Report on sanitation, dispensaries, and jails in Rajputana for 1917, and on vaccination for the year 1917-1918 - 1917-1918
Year: 1917
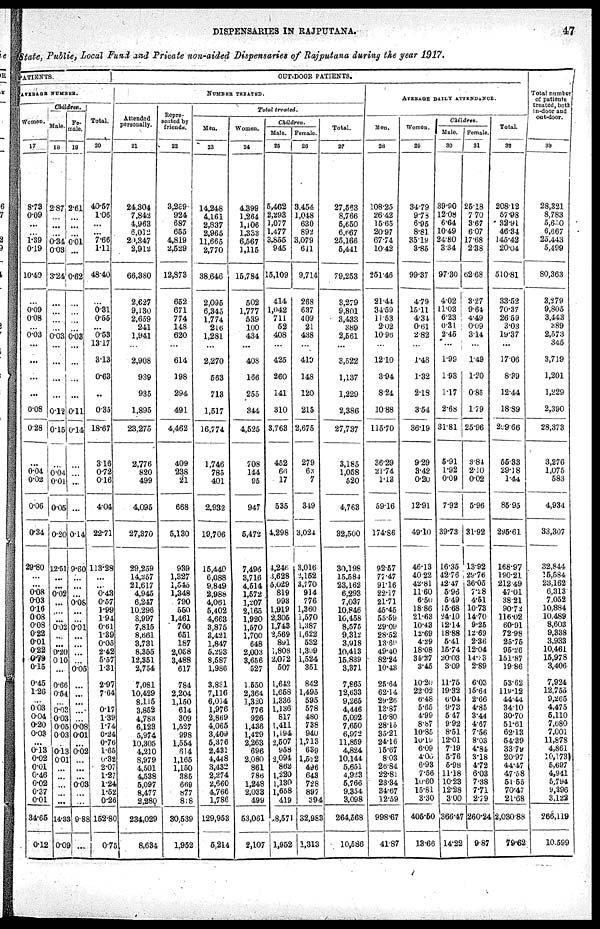
DISPENSARIES IN RAJPUTANA.
47
State, Public, Local Fund and Private non-aided Dispensaries of Rajputana during the year 1917.
PATIENTS.
AVERAGE NUMBER.
Women.
17
8.73
0.09
...
...
1.39
0.19
10.40
...
0.09
0.08
...
0.03
...
...
...
...
0.08
0.28
...
0.04
0.02
0.06
0.34
29.80
...
...
0.08
0.03
0.16
0.08
0.08
0.22
0.01
0.22
0.79
0.15
0.45
1.26
...
0.03
0.04
0.20
0.03
...
0.13
0.02
0.01
0.46
0.02
0.37
001
34.65
0.12
Children.
Male.
18
287
...
...
...
0.34
0.03
3.24
...
...
...
...
0.03
...
...
...
...
0.12
0.15
...
0.04
0.01
0.05
0.20
12.51
...
...
0.02
...
...
...
0.02
...
...
0.20
0.10
...
0.66
0.54
...
0.03
0.03
0.05
0.03
...
0.13
0.01
...
...
...
...
...
14.33
0.09
Fe-
male.
19
2.61
...
...
...
0.01
...
0.62
...
...
...
...
0.03
...
...
...
...
0.11
0.14
...
...
...
...
0.14
9.60
...
...
...
0.08
...
...
0.01
...
...
...
...
0.05
...
...
...
...
...
0.08
0.01
...
0.02
...
...
...
0.03
...
...
9.88
....
Total.
20
40.57
1.06
...
...
7.66
1.11
48.40
...
0.31
0.55
...
053
13.17
3.13
0.63
...
0.35
18.67
316
0.72
0.16
4.04
22.71
113.28
...
...
0.43
0.57
1.99
1.94
0.61
1.39
0.05
2.42
5.57
1.31
2.97
7.64
...
0.17
1.31
1.74
0.24
0.76
l.65
0.32
2.07
1.27
1.24
1.52
0.26
152.80
0.75
OUT-DOOR PATIENTS.
NUMBER TREATED.
Attended
personally.
21
24,304
7,842
4,963
6,012
20,347
2,912
66,380
2,627
9,130
2,659
241
1,941
...
2,908
939
985
1,895
23,275
2,776
820
499
4,095
27,370
29,259
14,257
21,617
4,945
6,247
10.296
8,997
7,815
8,661
3,731
8,355
12,351
2,754
7,081
10,429
8,115
3,852
4,783
6,123
5,974
10,305
4,210
8,979
4,501
4,538
5,097
8,477
2,280
234,029
8,634
Repre-
sented by
friends.
22
3,259
924
687
655
4,819
2,529
12,873
652
671
774
148
620
...
614
198
294
491
4,462
409
238
21
668
5,130
939
1,327
1,545
1,348
790
550
1,461
760
651
187
2,058
3,488
617
784
2,204
1,150
614
309
1,527
998
1,554
614
1,165
1,150
385
669
877
818
30,539
1,952
Total treated.
Men.
23
14,248
4,161
2,837
2,965
11,665
2,770
38,646
2,095
6,345
1,774
216
1,281
...
2,270
563
713
1,517
16,774
1,746
785
401
2,932
19,706
15,440
6,088
9.849
2,988
4,061
5,402
4,663
3,875
3,421
1,847
5,293
8,587
1,986
3,831
7,116
6,014
1,976
2,869
4,065
3,409
5,376
2.431
4,448
3,452
2,274
2,660
4,766
1,786
129,953
5,214
Women.
24
4.399
1,264
1,106
1,333
6,567
1,115
15,784
502
1,777
539
100
434
...
408
166
255
344
4,525
708
144
95
947
5,472
7,496
3,716
4,514
1,572
1,207
2,165
1,920
1,570
1,700
648
2,003
3,656
527
1.550
2,364
1,320
776
926
1,436
1,429
2,263
696
2,080
861
786
1,248
2,033
499
53,061
2,107
Children.
Male.
25
5,462
2,293
1,077
1,477
3,855
945
15,109
414
1,042
711
52
408
...
425
260
141
310
3,763
452
66
17
535
4,298
4,246
3,628
5,029
819
993
1,919
2,305
1,743
2,569
891
1,808
2,072
507
1,642
1,658
1,336
1,136
817
1,411
1,194
2,507
958
2,094
862
1,220
1,130
1,658
419
8,571
1,952
Female.
26
3,454
1,048
630
892
3,079
611
9,714
268
637
409
21
438
...
419
148
120
215
2,675
279
63
7
349
3,024
3,016
2,152
3,770
914
776
1,360
1,570
1,387
1,622
532
1,309
1,524
351
842
1,495
595
578
480
738
940
1,713
639
1,572
496
643
728
897
394
32,983
1,313
Total.
27
27,563
8,766
5,650
6,667
25,166
5,441
79,253
3,279
9,801
3,433
389
2,561
...
3,522
1,137
1,229
2,386
27,737
3,185
1,058
520
4,763
32,500
30,198
15.584
23,162
6,293
7,037
10,846
10,458
8,575
9,312
3,918
10,413
15,839
3,371
7,865
12,633
9,265
4,446
5,092
7,650
6,972
11,859
4,824
10,144
5,651
4,923
5,766
9,354
3,098
264,568
10,586
AVERAGE DAILY ATTENDANCE.
Men.
28
108.25
26.42
15.65
20.97
67.74
10.42
251.46
21.44
34.59
11.53
2.02
10.96
...
12.10
3.94
8.24
10.88
115.70
36.29
21.74
1.13
59.16
174.86
92.57
77.47
91.16
22.17
21.71
45.45
55.59
29.09
28.52
18.69
49.40
82.24
10.43
25.64
62.14
29.26
13.87
16.80
28.15
35.21
24.16
15.67
8.03
26.84
22.81
23.34
34.67
12.59
998.67
41.87
Women.
29
34.79
9.73
6.95
8.81
35.19
3.85
99.37
4.79
15.11
4.34
0.61
2.82
...
1.48
1.32
2.18
3.54
36.19
9.29
3.42
0.20
12.91
49.10
46.13
40.22
42.81
11.60
6.50
18.86
21.63
10.43
12.69
4.29
18.08
35.27
3.45
10.20
22.02
6.48
5.65
4.99
8.87
10.85
10.19
6.09
4.00
6.93
7.56
10.60
15.81
3.30
405.50
13.66
Children.
Male.
30
39.90
12.08
6.64
10.49
24.80
3.34
97.30
4.02
11.03
6.23
0.31
245
...
1.99
1.93
1.17
2.68
31.81
5.91
1.92
0.09
7.92
39.73
16.35
42.76
42.47
5.96
6.49
15.68
24.10
12.14
18.88
5.41
15.74
20.03
3.09
11.75
19.32
6.04
9.73
5.47
9.92
8.51
12.01
7.19
5.76
5.98
11.18
10.23
12.28
300
366.47
14.22
Female.
31
25.18
7.70
3.67
6.07
17.68
2.38
62.68
3.27
9.64
4.49
0.09
3.14
...
1.49
1.20
0.85
1.79
25.96
3.84
2.10
0.02
5.96
31.92
13.92
29.76
36.05
7.28
4.51
10.73
14.70
9.25
12.69
2.36
12.04
14.33
2.89
6.03
15.64
2.66
4.85
3.44
4.67
7.56
8.03
4.84
3.18
4.72
6.03
7.38
7.71
2.79
260.24
9.87
Total.
32
20812
57.98
32.91
46.34
145.42
20.04
510.81
33.52
70.37
26.59
3.03
19.37
...
17.06
8.39
12.44
18.89
209.66
55.33
29.18
1.44
85.95
296.61
168.97
190.21
212.49
47.01
38.21
90.72
116.02
60.91
72.98
25.75
95.26
151.87
19.86
53.62
119.12
44.44
34.10
30.70
51.61
62.13
54.39
33.79
20.97
44.47
47.58
51.55
70.47
21.68
2,030.88
79.62
Total number
of patients
treated, both
in-door and
out-door.
33
28,321
8,783
5,630
6,667
25,443
5,499
80,363
3,279
9,805
3,443
389
2,573
345
3,719
1,201
1,229
2,390
28,373
3,276
1,075
583
4,934
33,307
32,844
15,584
23,162
6,313
7,052
10,884
10,489
8,608
9,338
3,933
10,461
15,978
3,406
7,924
12,755
9,265
4,475
6,110
7,680
7,001
11,878
4,861
10,173
5,697
4,941
5,794
9,396
3,122
266,119
10,599